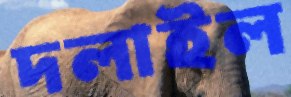
দলাইল